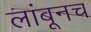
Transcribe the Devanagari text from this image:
लांबूनच